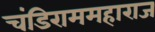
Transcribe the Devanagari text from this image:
चंडिराममहाराज